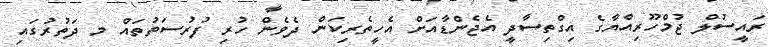
ރައީސުލް ޖުމްހޫރިއްޔާގެ އިގްތިސާދީ އެޖެންޑާއަށް އެހީތެރިކަން ދެވެން ހުރި ފުރުސަތުތައް މ ދަތުރުގައި